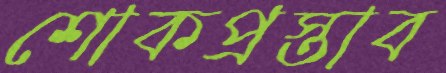
শোকপ্রস্তাব